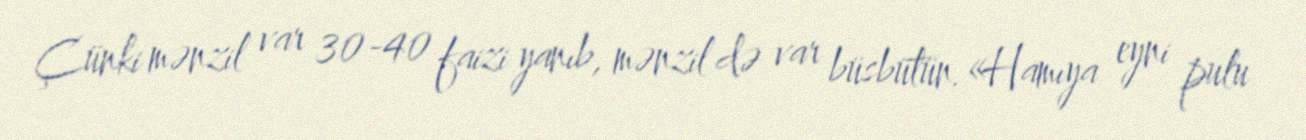
Çünki mənzil var 30-40 faizi yanıb, mənzil də var büsbütün.«Hamıya eyni pulu